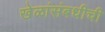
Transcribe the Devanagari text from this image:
खेळांसंबधीची